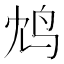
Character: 鸩